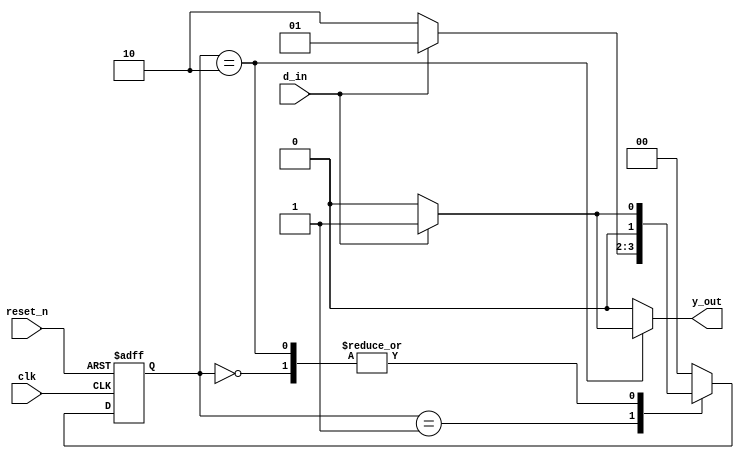
`timescale 1ns / 1ps
//////////////////////////////////////////////////////////////////////////////////
// Company: 
// Engineer: 
// 
// Design Name: 
// Module Name: sequence_101_detector
// Project Name: 
// Target Devices: 
// Tool Versions: 
// Description: 
// 
// Dependencies: 
// 
// Revision:
// Revision 0.01 - File Created
// Additional Comments:
// 
//////////////////////////////////////////////////////////////////////////////////


module sequence_101_detector(
    input reset_n,
    input d_in,
    input clk,
    output reg y_out
    );
    parameter s0=2'b00;
    parameter s1=2'b01;
    parameter s2=2'b10;
    reg [1:0] present_state,next_state;

    
    always @ (posedge clk, negedge reset_n)
begin
    if(!reset_n)
       present_state <= s0;
            else
        present_state <= next_state; 
    end
            always @ (present_state,d_in)
    begin
                    case(present_state)
         s0:if(d_in)
                     next_state=s1;
            else
                    next_state=s0;
          s1:if(!d_in)
                    next_state=s2;
            else
                next_state=s1;
            s2:if(d_in)
                    next_state=s1;
                else
                    next_state=s0;
       
                    default:next_state=s0;
                    endcase
                        end
  always @ (present_state,d_in)
   begin
   case(present_state)
   s0:y_out=0;
   s1:y_out=0;
   s2:begin
   if(d_in == 1'b1)
   y_out=1'b1;
   else
   y_out=1'b0;
   end           
   default:y_out='b0;
   endcase
   end
    endmodule